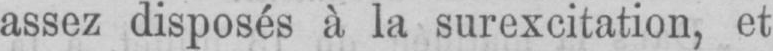
assez disposés à la surexcitation, et